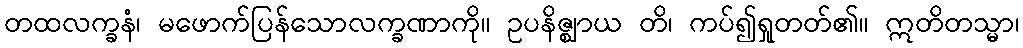
တထလက္ခနံ၊ မဖောက်ပြန်သောလက္ခဏာကို။ ဥပနိဇ္ဈာယ တိ၊ ကပ်၍ရှုတတ်၏။ ဣတိတသ္မာ၊